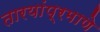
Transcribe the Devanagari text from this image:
तारयांप्रमाणे